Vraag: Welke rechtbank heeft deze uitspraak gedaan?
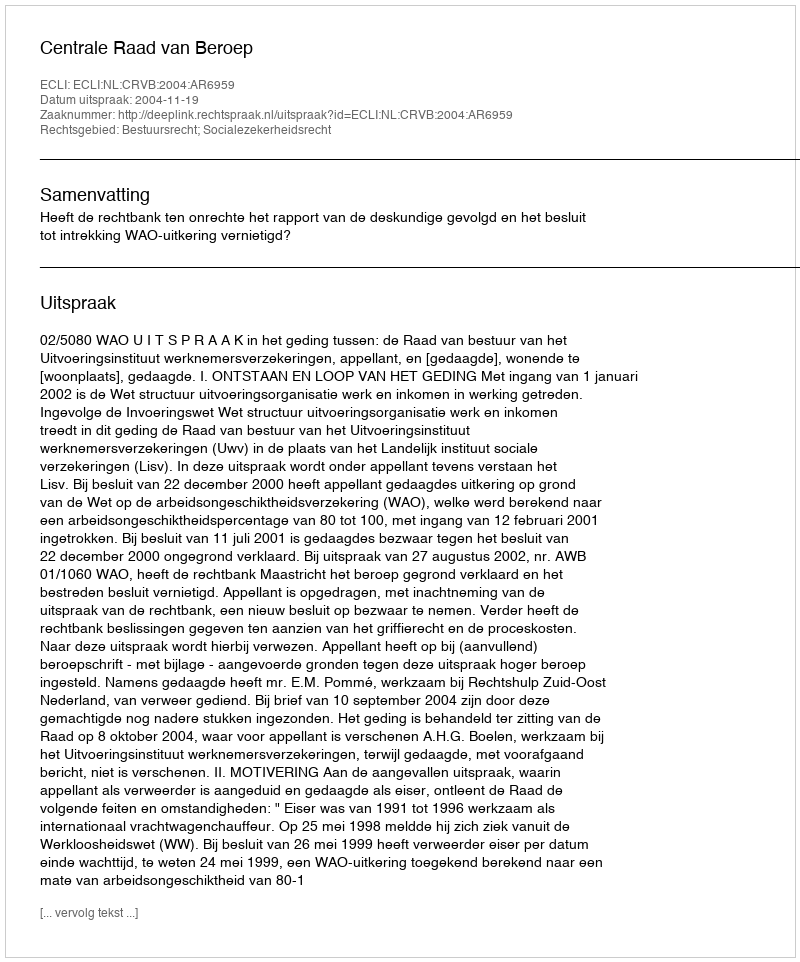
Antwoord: Centrale Raad van Beroep